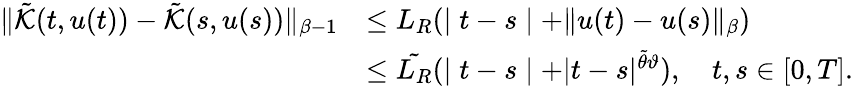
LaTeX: \begin{array}{rl}{\| \tilde{\mathcal{K}}(t,u(t))-\tilde{\mathcal{K}}(s,u(s))\| _{\beta-1}}&{\leq L_{R}(\mid t-s\mid+\| u(t)-u(s)\| _{\beta})}\\ &{\leq\tilde{L_{R}}(\mid t-s\mid+|t-s|^{\tilde{\theta}\vartheta}),\quad t,s\in[0,T].}\end{array}